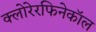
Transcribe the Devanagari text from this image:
क्लोरेरफिनेकॉल